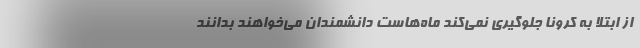
از ابتلا به کرونا جلوگیری نمی‌کند ماه‌هاست دانشمندان می‌خواهند بدانند